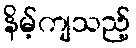
နိမ့်ကျသည့်